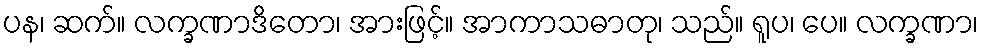
ပန၊ ဆက်။ လက္ခဏာဒိတော၊ အားဖြင့်။ အာကာသဓာတု၊ သည်။ ရူပ၊ ပေ။ လက္ခဏာ၊